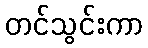
တင်သွင်းကာ